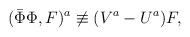
LaTeX: \begin{align*}(\bar{\Phi}\Phi,F)^a\not\equiv(V^a-U^a)F,\end{align*}